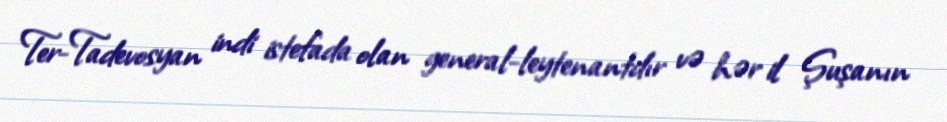
Ter-Tadevosyan indi istefada olan general-leytenantdır və hər il Şuşanın